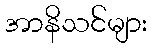
အာနိသင်များ